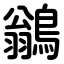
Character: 鶲